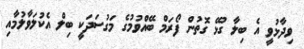
ވިދާޅުވީ އެ ބިލާ ގުޅޭ ގޮތުން ފޯރަމް ބޭއްވުމުގެ މަގުސަދަކީ ބިލް އެކުލަވާލުމާއި